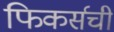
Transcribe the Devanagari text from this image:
फिकर्सची